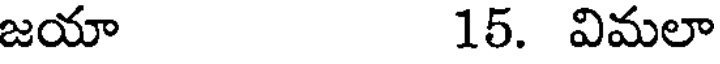
జయా 15. విమలా